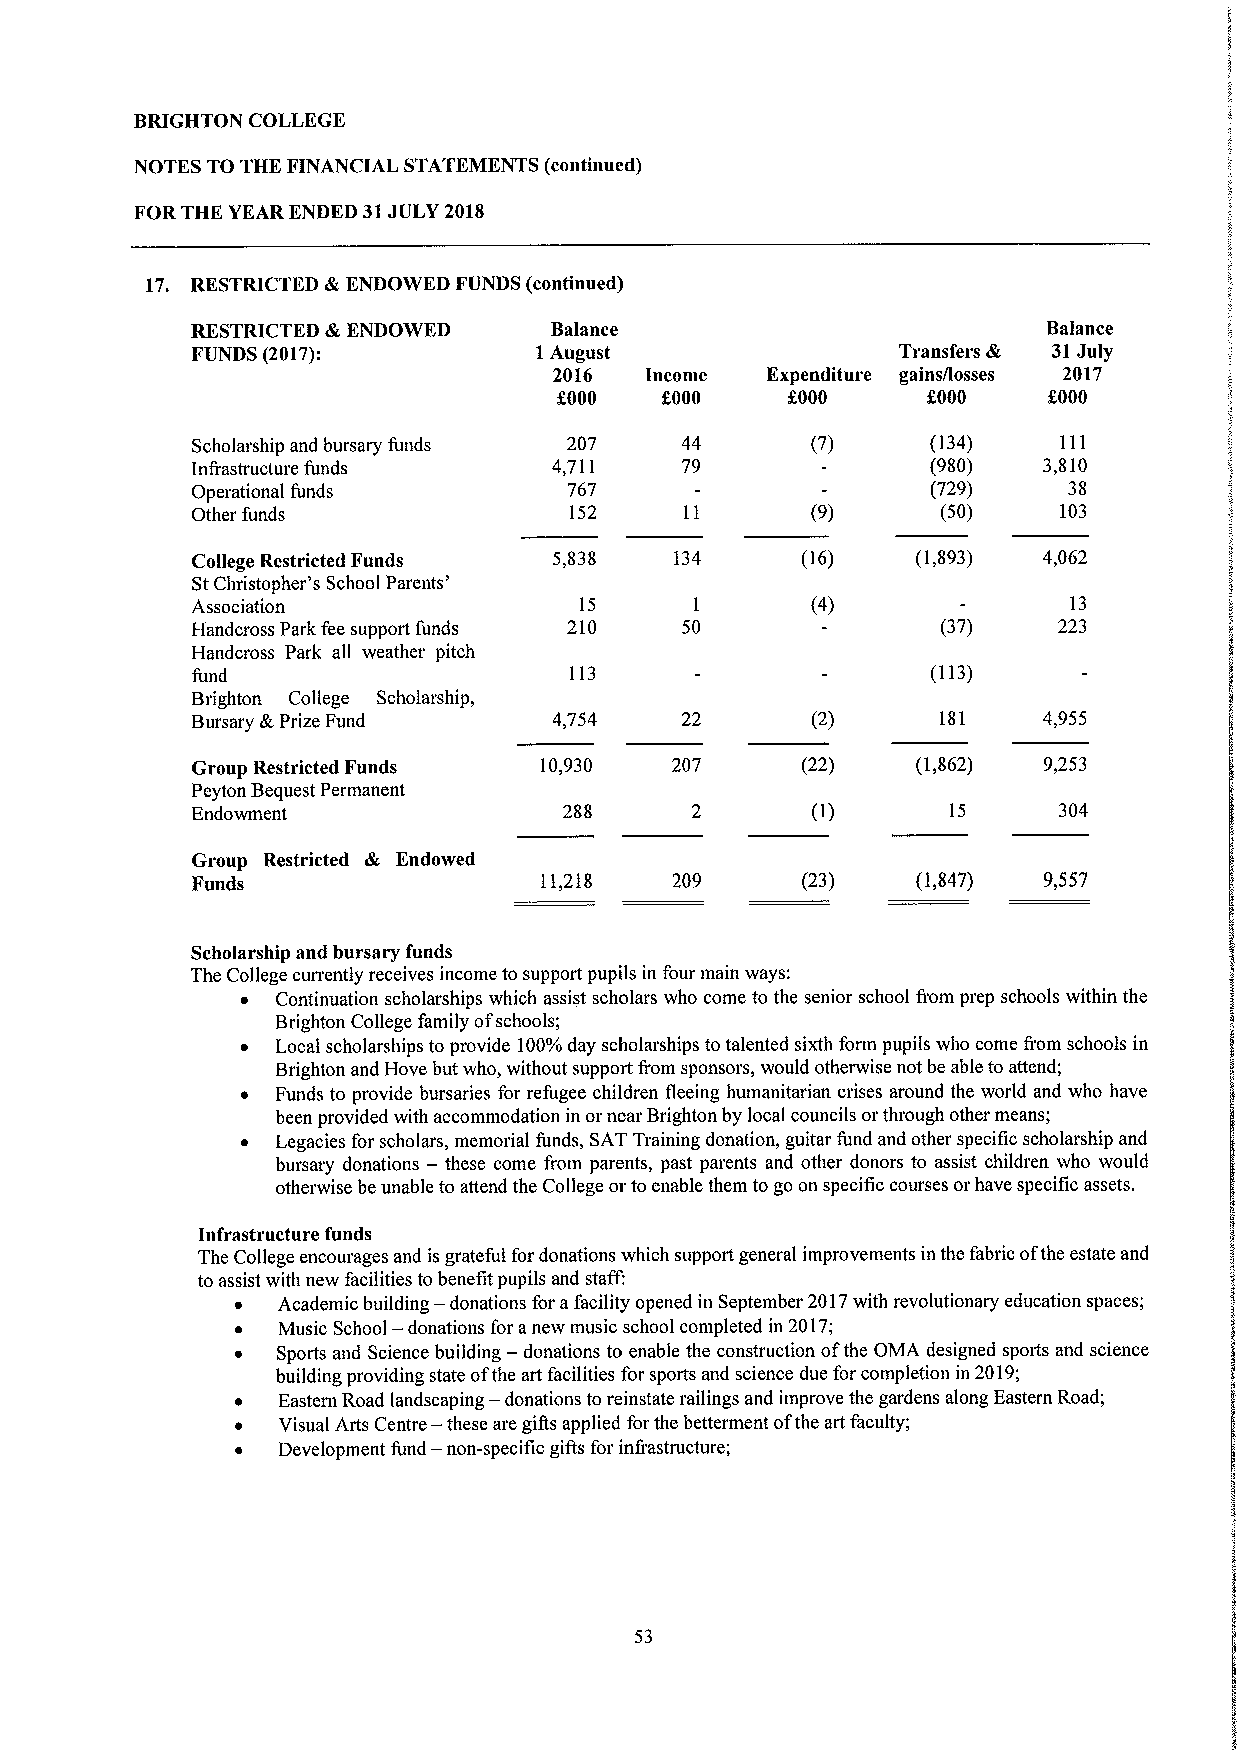
BRIGHTON COLLEGE
 NOTES TO THE FINANCIAL STATEMENTS (continued)
 FOR THE YEAR ENDED 31JULY 2018
 17. RESTRICTED &ENDOWED FUNDS (continued)
 RESTRICTED &ENDOWED    Balance                          Balance
 FUNDS (2017):         1August                 Transfers & 31July
 2016  Income  Expenditure gains/losses 2017
 f000   f,000   f.000    f000    f.000
 Scholarship and bursary funds 207 44     (7)     (134)   111
 Infrastructure funds    4,711   79               (980)  3,810
 Operational funds        767                     (729)    38
 Other funds              152             (9)     (50)    103
 College Restricted Funds 5,838  134     (16)    (1,893) 4,062
 StChristopher's School Parents'
 Association              15      1       (4)              13
 Handcross Park fee support funds 210 50          (37)    223
 Handcross Park all weather pitch
 fund                     113                     (113)
 Brighton College Scholarship,
 Bursary &Prize Fund     4,754   22       (2)     181    4,955
 Group Restricted Funds 10,930  207      (22)    (1,862) 9,253
 Peyton Bequest Permanent
 Endowment               288                       15     304
 Group Restricted & Endowed
 Funds                  11,218  209      (23)    (1,847) 9,557
 Scholarship and bursary funds
 The College currently receives income to support pupils in four main ways:
 ~ Continuation scholarships which assist scholars who come to the senior school from prep schools within the
 Brighton College family ofschools;
 ~ Local scholarships to provide 100'/o day scholarships to talented sixth form pupils who come from schools in
 Brighton and Hove but who, without support from sponsors, would otherwise not be able to attend;
 ~ Funds to provide bursaries for refugee children fleeing humanitarian crises around the world and who have
 been provided with accommodation in ornear Brighton by local councils orthrough other means;
 ~ Legacies for scholars, memorial funds, SAT Training donation, guitar fund and other specific scholarship and
 bursary donations — these come from parents, past parents and other donors to assist children who would
 otherwise be unable to attend the College orto enable them to go on specific courses or have specific assets.
 Infrastructure funds
 The College encourages and is grateful for donations which support general improvements in the fabric ofthe estate and
 to assist with new facilities tobenefit pupils and staff:
 ~ Academic building — donations for afacility opened in September 2017with revolutionary education spaces;
 ~ Music School — donations for anew music school completed in 2017;
 ~ Sports and Science building — donations to enable the construction ofthe OMA designed sports and science
 building providing state ofthe art facilities for sports and science due for completion in 2019;
 ~ Eastern Road landscaping — donations to reinstate railings and improve the gardens along Eastern Road;
 ~ Visual Arts Centre — these are gifls applied for the betterment ofthe art faculty;
 —
 ~ Development fund non-specific gifls for infiastructure;
 53